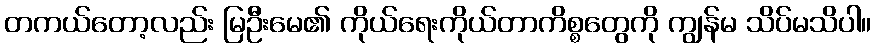
တကယ်တော့လည်း မြဦးမေ၏ ကိုယ်ရေးကိုယ်တာကိစ္စတွေကို ကျွန်မ သိပ်မသိပါ။